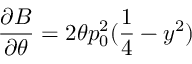
\frac { \partial B } { \partial \theta } = 2 \theta p _ { 0 } ^ { 2 } ( \frac { 1 } { 4 } - y ^ { 2 } )